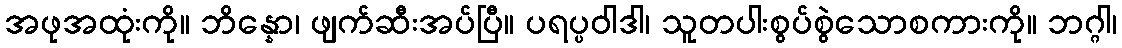
အဖုအထုံးကို။ ဘိန္နော၊ ဖျက်ဆီးအပ်ပြီ။ ပရပ္ပဝါဒါ၊ သူတပါးစွပ်စွဲသောစကားကို။ ဘဂ္ဂါ၊